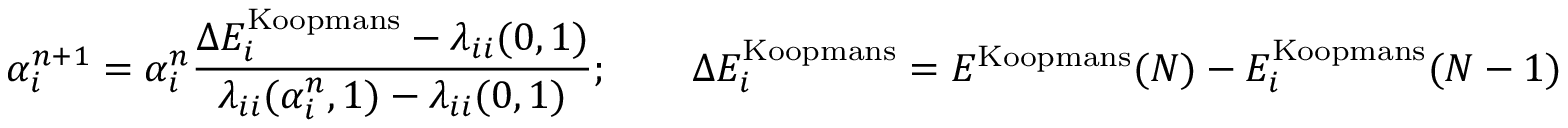
\alpha _ { i } ^ { n + 1 } = \alpha _ { i } ^ { n } \frac { \Delta E _ { i } ^ { \mathrm { K o o p m a n s } } - \lambda _ { i i } ( 0 , 1 ) } { \lambda _ { i i } ( \alpha _ { i } ^ { n } , 1 ) - \lambda _ { i i } ( 0 , 1 ) } ; \qquad \Delta E _ { i } ^ { \mathrm { K o o p m a n s } } = E ^ { \mathrm { K o o p m a n s } } ( N ) - E _ { i } ^ { \mathrm { K o o p m a n s } } ( N - 1 )